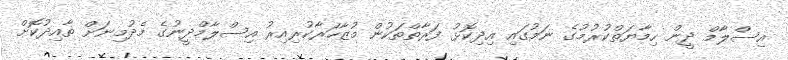
އިސްލާމް ދީން ހިމާޔަތްކުރުމުގެ ނަމުގައި އިދިކޮޅު ފަރާތްތަކުން މުޒާހަރާކުރިއިރު އިސްލާމްދީނުގެ މެދުމިނަށް ތާއިދުކޮށް